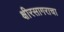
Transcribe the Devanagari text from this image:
क्षीरसागराचा